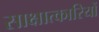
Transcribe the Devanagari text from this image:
साक्षात्कारियों